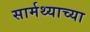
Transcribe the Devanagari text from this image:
सार्मथ्याच्या